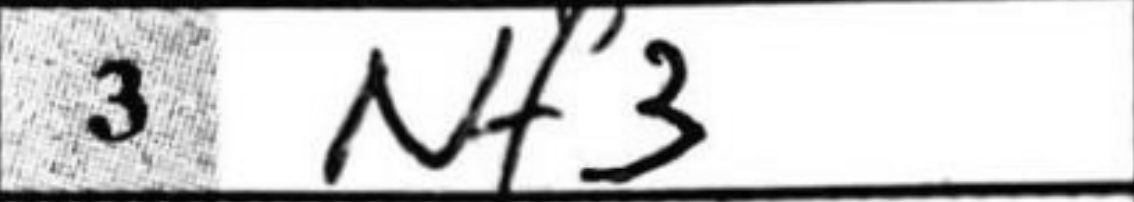
Transcription: Nf3